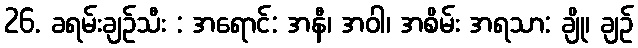
26. ခရမ်းချဉ်သီး : အရောင်: အနီ၊ အဝါ၊ အစိမ်း အရသာ: ချို၊ ချဉ်